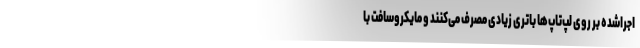
اجراشده بر روی لپ‌تاپ‌ها باتری زیادی مصرف می‌کنند و مایکروسافت با